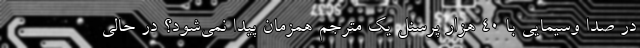
در صدا وسیمایی با 40 هزار پرسنل یک مترجم همزمان پیدا نمی‌شود؟ در حالی